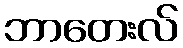
ဘာတေးလ်